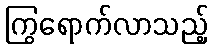
ကြွရောက်လာသည့်